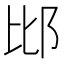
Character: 𨚍